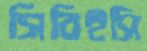
সিবিইসি